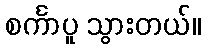
စင်္ကာပူ သွားတယ်။